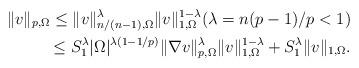
LaTeX: \begin{align*}\|v\|_{p,\Omega}\leq \|v\|_{n/(n-1),\Omega}^\lambda \|v\|_{1,\Omega}^{1-\lambda}(\lambda=n(p-1)/p<1)\\\leq S_{1}^\lambda |\Omega|^{\lambda(1-1/p)}\|\nabla v\|_{p,\Omega}^\lambda\|v\|_{1,\Omega}^{1-\lambda}+S_1^\lambda\| v\|_{1,\Omega}. \end{align*}